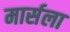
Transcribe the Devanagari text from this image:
मार्सला